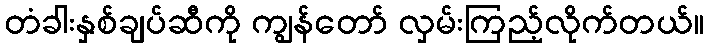
တံခါးနှစ်ချပ်ဆီကို ကျွန်တော် လှမ်းကြည့်လိုက်တယ်။